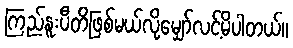
ကြည်နူးပီတိဖြစ်မယ်လို့မျှော်လင့်မိပါတယ်။